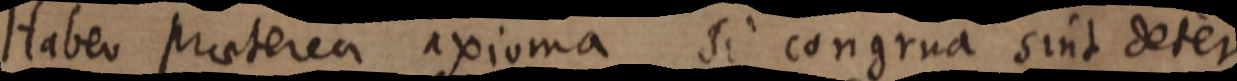
Habeo praeterea axioma si congrua sint deter